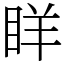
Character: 眻